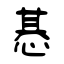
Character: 惎